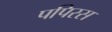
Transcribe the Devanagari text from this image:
पपिरस